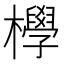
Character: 㰒